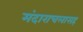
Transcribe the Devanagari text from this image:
मंदाराचलासह